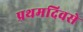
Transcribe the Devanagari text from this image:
प्रथमदिवसे